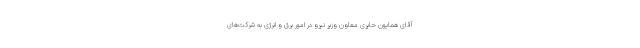
آقای همایون حایری معاون وزیر نیرو در امور برق و انرژی به شرکت‌های